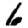
Digit: 6